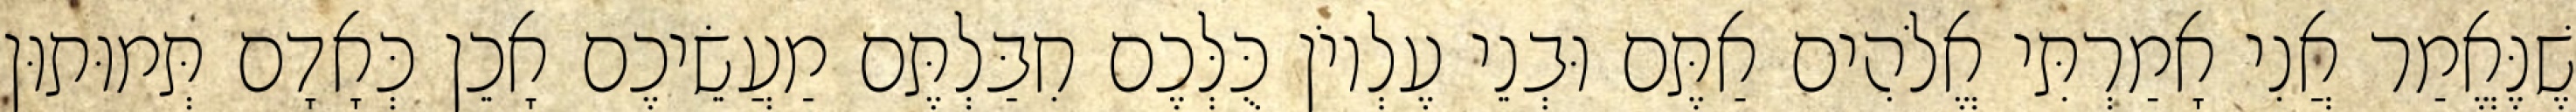
שֶׁנֶּאֱמַר אֲנִי אָמַרְתִּי אֱלֹהִים אַתֶּם וּבְנֵי עֶלְיוֹן כֻּלְּכֶם חִבַּלְתֶּם מַעֲשֵׂיכֶם אָכֵן כְּאָדָם תְּמוּתוּן